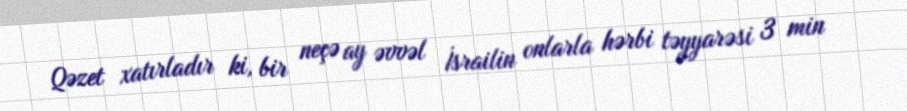
Qəzet xatırladır ki, bir neçə ay əvvəl İsrailin onlarla hərbi təyyarəsi 3 min